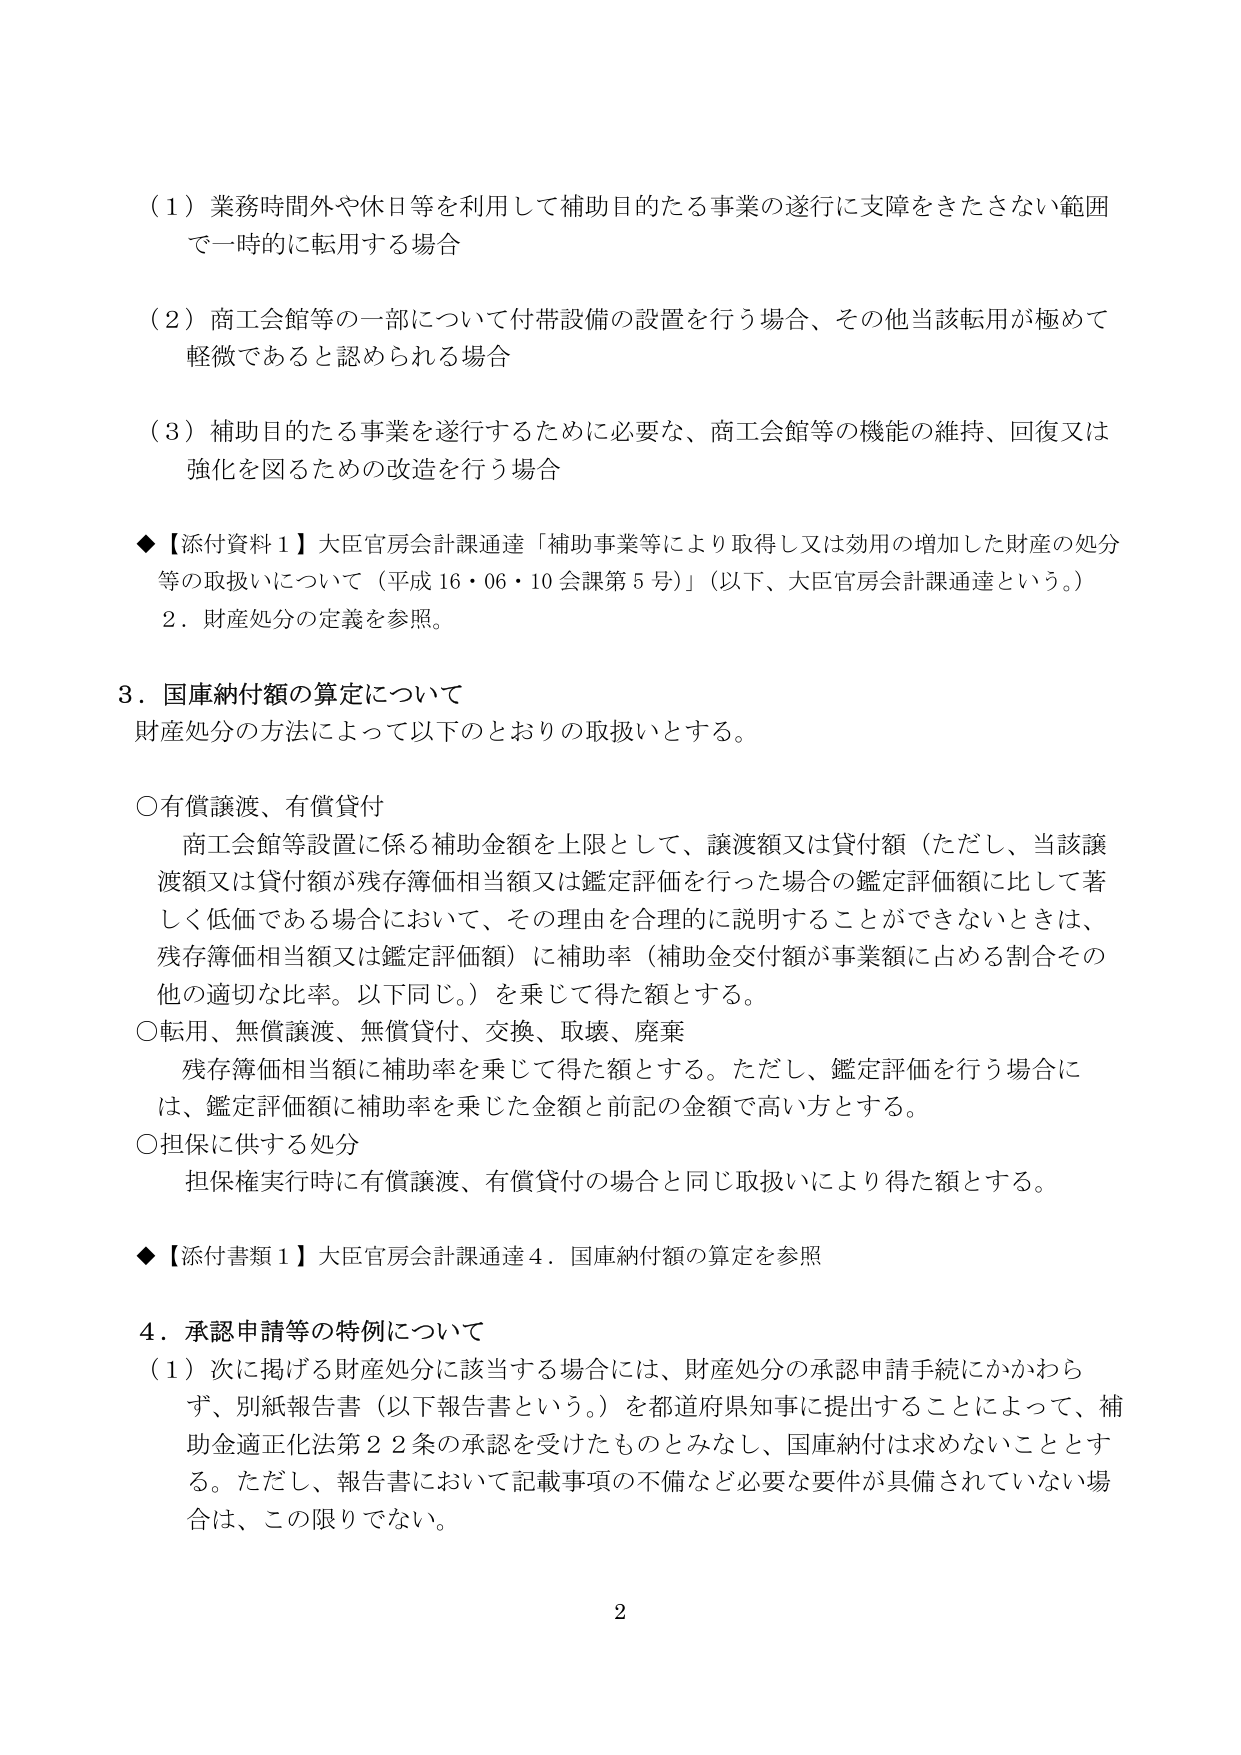
（１）業務時間外や休日等を利用して補助目的たる事業の遂行に支障をきたさない範囲で一時的に転用する場合

（２）商工会館等の一部について付帯設備の設置を行う場合、その他当該転用が極めて軽微であると認められる場合

（３）補助目的たる事業を遂行するために必要な、商工会館等の機能の維持、回復又は強化を図るための改造を行う場合

◆【添付資料１】大臣官房会計課通達「補助事業等により取得し又は効用の増加した財産の処分等の取扱いについて（平成16・06・10会課第5号）」（以下、大臣官房会計課通達という。）
　２．財産処分の定義を参照。

３．国庫納付額の算定について
　財産処分の方法によって以下のとおりの取扱いとする。

　○有償譲渡、有償貸付
　　商工会館等設置に係る補助金額を上限として、譲渡額又は貸付額（ただし、当該譲渡額又は貸付額が残存簿価相当額又は鑑定評価を行った場合の鑑定評価額に比して著しく低価である場合において、その理由を合理的に説明することができないときは、残存簿価相当額又は鑑定評価額）に補助率（補助金交付額が事業額に占める割合その他の適切な比率。以下同じ。）を乗じて得た額とする。

　○転用、無償譲渡、無償貸付、交換、取壊、廃棄
　　残存簿価相当額に補助率を乗じて得た額とする。ただし、鑑定評価を行う場合には、鑑定評価額に補助率を乗じた金額と前記の金額で高い方とする。

　○担保に供する処分
　　担保権実行時に有償譲渡、有償貸付の場合と同じ取扱いにより得た額とする。

◆【添付書類１】大臣官房会計課通達４．国庫納付額の算定を参照

４．承認申請等の特例について
　（１）次に掲げる財産処分に該当する場合には、財産処分の承認申請手続にかかわらず、別紙報告書（以下報告書という。）を都道府県知事に提出することによって、補助金適正化法第22条の承認を受けたものとみなし、国庫納付は求めないこととする。ただし、報告書において記載事項の不備など必要な要件が具備されていない場合は、この限りでない。

2